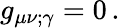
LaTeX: g_{\mu\nu;\gamma}=0\, .